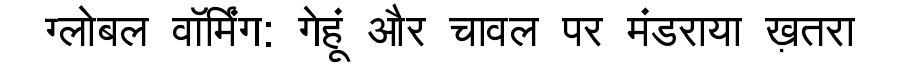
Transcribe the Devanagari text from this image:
ग्लोबल वॉर्मिंग: गेहूं और चावल पर मंडराया ख़तरा